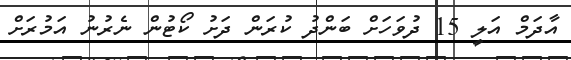
އާދަމް އަލީ 15 ދުވަހަށް ބަންދު ކުރަން ދަށު ކޯޓުން ނެރުނު އަމުރަށް